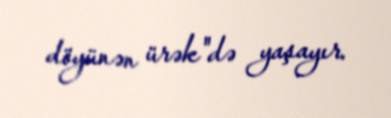
döyünən ürək"də yaşayır.